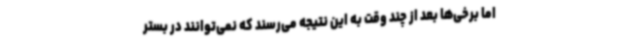
اما برخی‌ها بعد از چند وقت به این نتیجه می‌رسند که نمی‌توانند در بستر